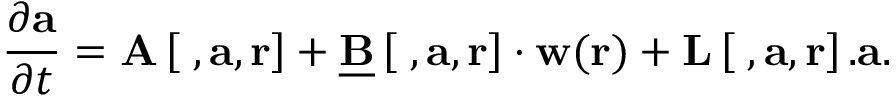
\frac { \partial \mathbf { a } } { \partial t } = \mathbf { A } \left[ \mathbf { \nabla } , \mathbf { a } , \mathbf { r } \right] + \underline { { \mathbf { B } } } \left[ \mathbf { \nabla } , \mathbf { a } , \mathbf { r } \right] \cdot \mathbf { w } ( \mathbf { r } ) + \mathbf { L } \left[ \mathbf { \nabla } , \mathbf { a } , \mathbf { r } \right] . \mathbf { a } .